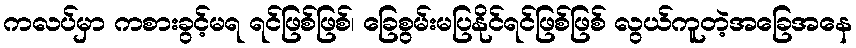
ကလပ်မှာ ကစားခွင့်မရ ရင်ဖြစ်ဖြစ်၊ ခြေစွမ်းမပြနိုင်ရင်ဖြစ်ဖြစ် လွယ်ကူတဲ့အခြေအနေ